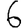
Digit: 6